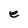
Character: e